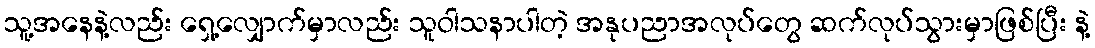
သူ့အနေနဲ့လည်း ရှေ့လျှောက်မှာလည်း သူဝါသနာပါတဲ့ အနုပညာအလုပ်တွေ ဆက်လုပ်သွားမှာဖြစ်ပြီး နဲ့